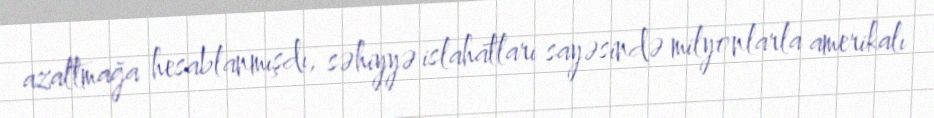
azaltmağa hesablanmışdı, səhiyyə islahatları sayəsində milyonlarla amerikalı